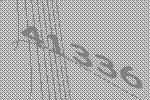
41336